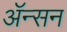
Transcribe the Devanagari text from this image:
ॲन्सन